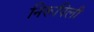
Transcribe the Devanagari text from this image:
निरूपिली